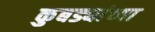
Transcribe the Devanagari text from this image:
कुबड्यांच्या